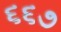
૬૬૭